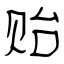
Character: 贻